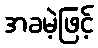
အခမဲ့ဖြင့်